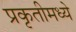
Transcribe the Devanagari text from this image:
प्रकृतीमध्येे